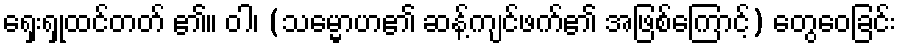
ရှေးရှုထင်တတ် ၏။ ဝါ၊ (သမ္မောဟ၏ ဆန့်ကျင်ဖက်၏ အဖြစ်ကြောင့်) တွေဝေခြင်း